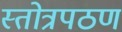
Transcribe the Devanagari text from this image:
स्तोत्रपठण